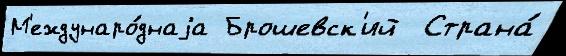
М'еждунаро́днаjа Брошевск'ий  Страна́